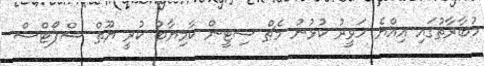
މުބާރާތުގައި އިއްޔެ ހަވީރު ކުޅުނު މެޗް ސިޓީން ކާމިޔާބު ކުރީ ޔޫތް ސްޕޯޓްސް